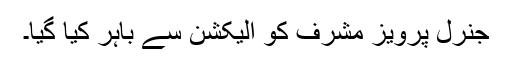
جنرل پرویز مشرف کو الیکشن سے باہر کیا گیا۔